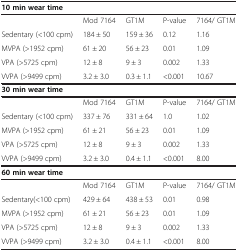
<table><thead><tr><td colspan="5"><b>10 min wear time</b></td></tr></thead><tbody><tr><td> </td><td>Mod 7164</td><td>GT1M</td><td>P-value</td><td>7164/ GT1M</td></tr><tr><td>Sedentary (&lt;100 cpm)</td><td>184 ± 50</td><td>159 ± 36</td><td>0.12</td><td>1.16</td></tr><tr><td>MVPA (&gt;1952 cpm)</td><td>61 ± 20</td><td>56 ± 23</td><td>0.01</td><td>1.09</td></tr><tr><td>VPA (&gt;5725 cpm)</td><td>12 ± 8</td><td>9 ± 3</td><td>0.002</td><td>1.33</td></tr><tr><td>VVPA (&gt;9499 cpm)</td><td>3.2 ± 3.0</td><td>0.3 ± 1.1</td><td>&lt;0.001</td><td>10.67</td></tr><tr><td colspan="5"><b>30 min wear time</b></td></tr><tr><td> </td><td>Mod 7164</td><td>GT1M</td><td>P-value</td><td>7164/ GT1M</td></tr><tr><td>Sedentary (&lt;100 cpm)</td><td>337 ± 76</td><td>331 ± 64</td><td>1.0</td><td>1.02</td></tr><tr><td>MVPA (&gt;1952 cpm)</td><td>61 ± 21</td><td>56 ± 23</td><td>0.01</td><td>1.09</td></tr><tr><td>VPA (&gt;5725 cpm)</td><td>12 ± 8</td><td>9 ± 3</td><td>0.002</td><td>1.33</td></tr><tr><td>VVPA (&gt;9499 cpm)</td><td>3.2 ± 3.0</td><td>0.4 ± 1.1</td><td>&lt;0.001</td><td>8.00</td></tr><tr><td colspan="5"><b>60 min wear time</b></td></tr><tr><td> </td><td>Mod 7164</td><td>GT1M</td><td>P-value</td><td>7164/ GT1M</td></tr><tr><td>Sedentary(&lt;100 cpm)</td><td>429 ± 64</td><td>438 ± 53</td><td>0.01</td><td>0.98</td></tr><tr><td>MVPA (&gt;1952 cpm)</td><td>61 ± 21</td><td>56 ± 23</td><td>0.01</td><td>1.09</td></tr><tr><td>VPA (&gt;5725 cpm)</td><td>12 ± 8</td><td>9 ± 3</td><td>0.002</td><td>1.33</td></tr><tr><td>VVPA (&gt;9499 cpm)</td><td>3.2 ± 3.0</td><td>0.4 ± 1.1</td><td>&lt;0.001</td><td>8.00</td></tr></tbody></table>